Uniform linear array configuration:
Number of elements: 12
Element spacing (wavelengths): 0.25
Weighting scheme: exponential
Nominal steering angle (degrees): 45
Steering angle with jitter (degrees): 44.262
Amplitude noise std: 0.05
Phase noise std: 0.05

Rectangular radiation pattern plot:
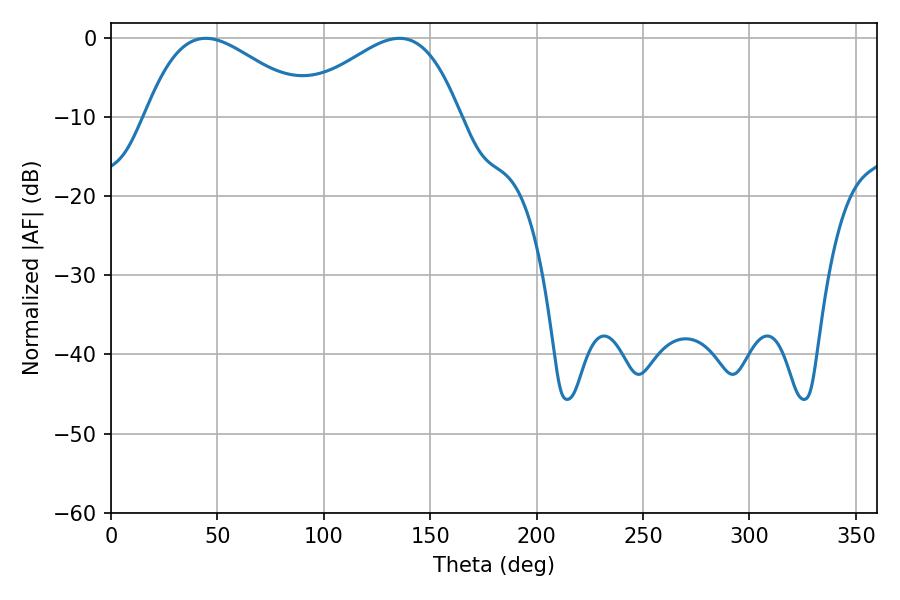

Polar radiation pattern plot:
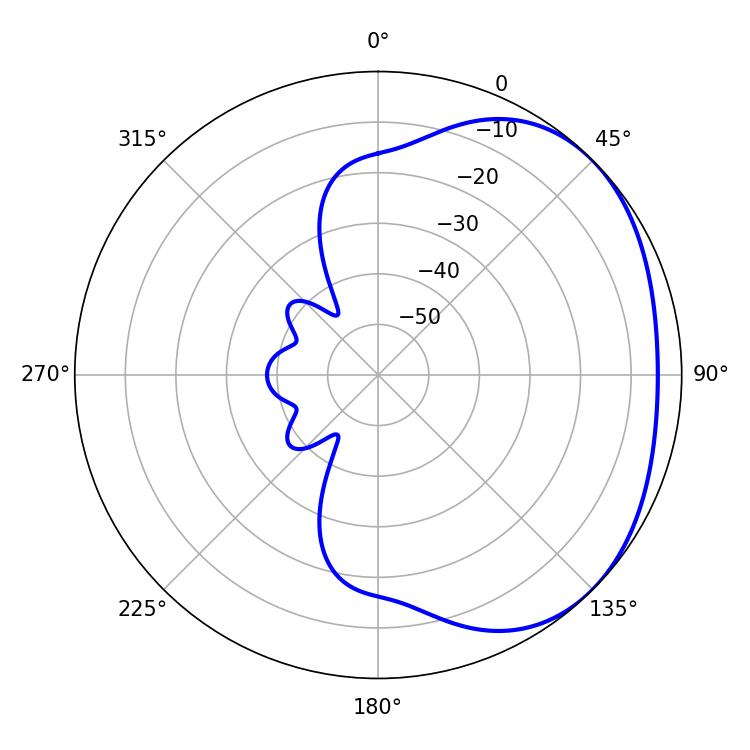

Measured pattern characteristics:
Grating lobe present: FALSE
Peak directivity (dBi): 2.34
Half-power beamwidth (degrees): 41.94
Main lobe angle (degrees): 44.46